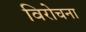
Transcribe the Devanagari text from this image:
विरोचना